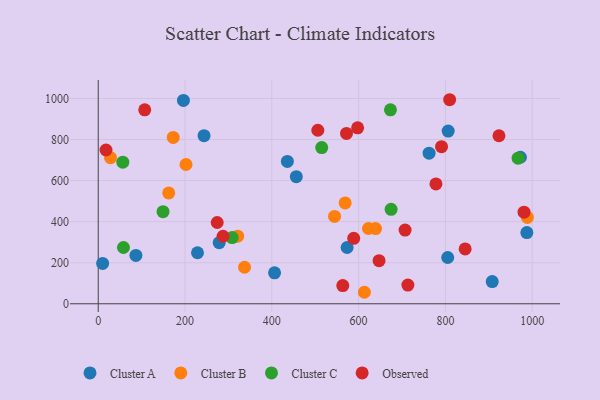
{"axis": {"x": "Ad Spend", "y": "Fuel Efficiency"}, "legend": ["Cluster A", "Cluster B", "Cluster C", "Observed"], "data": [{"x": "573.5", "y": 274.0, "type": "Cluster A"}, {"x": "907.9", "y": 107.9, "type": "Cluster A"}, {"x": "456.4", "y": 619.1, "type": "Cluster A"}, {"x": "196.3", "y": 990.6, "type": "Cluster A"}, {"x": "435.8", "y": 693.5, "type": "Cluster A"}, {"x": "972.8", "y": 713.8, "type": "Cluster A"}, {"x": "987.7", "y": 346.7, "type": "Cluster A"}, {"x": "10.1", "y": 196.5, "type": "Cluster A"}, {"x": "805.3", "y": 225.3, "type": "Cluster A"}, {"x": "406.3", "y": 150.6, "type": "Cluster A"}, {"x": "806.4", "y": 841.1, "type": "Cluster A"}, {"x": "228.7", "y": 248.5, "type": "Cluster A"}, {"x": "243.8", "y": 819.0, "type": "Cluster A"}, {"x": "762.4", "y": 733.8, "type": "Cluster A"}, {"x": "86.8", "y": 235.3, "type": "Cluster A"}, {"x": "278.7", "y": 297.7, "type": "Cluster A"}, {"x": "162.4", "y": 540.1, "type": "Cluster B"}, {"x": "988.9", "y": 420.5, "type": "Cluster B"}, {"x": "202.3", "y": 678.4, "type": "Cluster B"}, {"x": "622.7", "y": 366.7, "type": "Cluster B"}, {"x": "28.3", "y": 711.6, "type": "Cluster B"}, {"x": "569.0", "y": 491.3, "type": "Cluster B"}, {"x": "544.5", "y": 425.5, "type": "Cluster B"}, {"x": "321.3", "y": 329.3, "type": "Cluster B"}, {"x": "613.3", "y": 56.0, "type": "Cluster B"}, {"x": "172.8", "y": 810.5, "type": "Cluster B"}, {"x": "639.0", "y": 366.5, "type": "Cluster B"}, {"x": "337.1", "y": 177.9, "type": "Cluster B"}, {"x": "56.6", "y": 689.7, "type": "Cluster C"}, {"x": "515.0", "y": 760.8, "type": "Cluster C"}, {"x": "967.5", "y": 709.2, "type": "Cluster C"}, {"x": "673.4", "y": 944.9, "type": "Cluster C"}, {"x": "308.6", "y": 322.5, "type": "Cluster C"}, {"x": "149.3", "y": 448.6, "type": "Cluster C"}, {"x": "674.9", "y": 460.3, "type": "Cluster C"}, {"x": "58.1", "y": 274.1, "type": "Cluster C"}, {"x": "17.9", "y": 749.1, "type": "Observed"}, {"x": "923.4", "y": 818.5, "type": "Observed"}, {"x": "274.1", "y": 396.0, "type": "Observed"}, {"x": "597.7", "y": 856.9, "type": "Observed"}, {"x": "588.7", "y": 319.0, "type": "Observed"}, {"x": "647.1", "y": 209.8, "type": "Observed"}, {"x": "707.1", "y": 359.1, "type": "Observed"}, {"x": "809.8", "y": 994.0, "type": "Observed"}, {"x": "506.0", "y": 845.2, "type": "Observed"}, {"x": "572.1", "y": 829.7, "type": "Observed"}, {"x": "563.5", "y": 88.6, "type": "Observed"}, {"x": "845.5", "y": 267.1, "type": "Observed"}, {"x": "791.1", "y": 765.5, "type": "Observed"}, {"x": "981.2", "y": 446.4, "type": "Observed"}, {"x": "107.1", "y": 944.7, "type": "Observed"}, {"x": "287.6", "y": 328.9, "type": "Observed"}, {"x": "713.5", "y": 91.0, "type": "Observed"}, {"x": "778.2", "y": 583.9, "type": "Observed"}]}